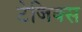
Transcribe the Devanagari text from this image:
टेजिक्स